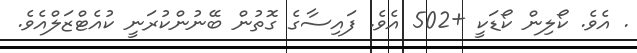
. އެވެ. ކޯލިން ކޯޑަކީ +502 އެވެ. ފައިސާގެ ގޮތުން ބޭނުންކުރަނީ ކުއެޓްޒަލްއެވެ.